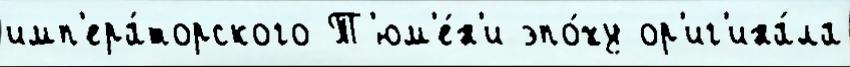
имп'ера́торского Т'юм'е́н'и эпо́ху ор'иг'ина́ла